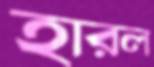
হারল